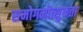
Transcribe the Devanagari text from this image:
समोगमोत्सुकता